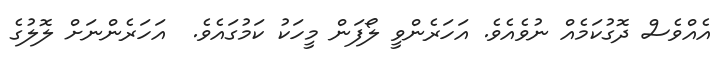
އެއްވެސް ދޮގުކަމެއް ނުވެއެވެ. އަހަރެންވީ ލޯފަން މީހަކު ކަމުގައެވެ.  އަހަރެންނަށް ލޮލުގެ